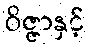
ဝိဇ္ဇာနှင့်